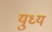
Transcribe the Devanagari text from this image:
युध्य